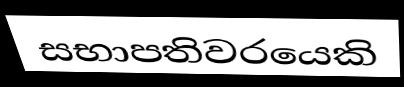
සභාපතිවරයෙකි